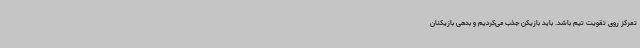
تمرکز روی تقویت تیم باشد. باید بازیکن جذب می‌کردیم و بدهی بازیکنان